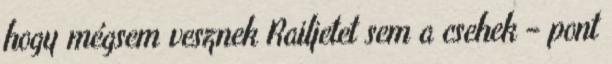
hogy mégsem vesznek Railjetet sem a csehek – pont